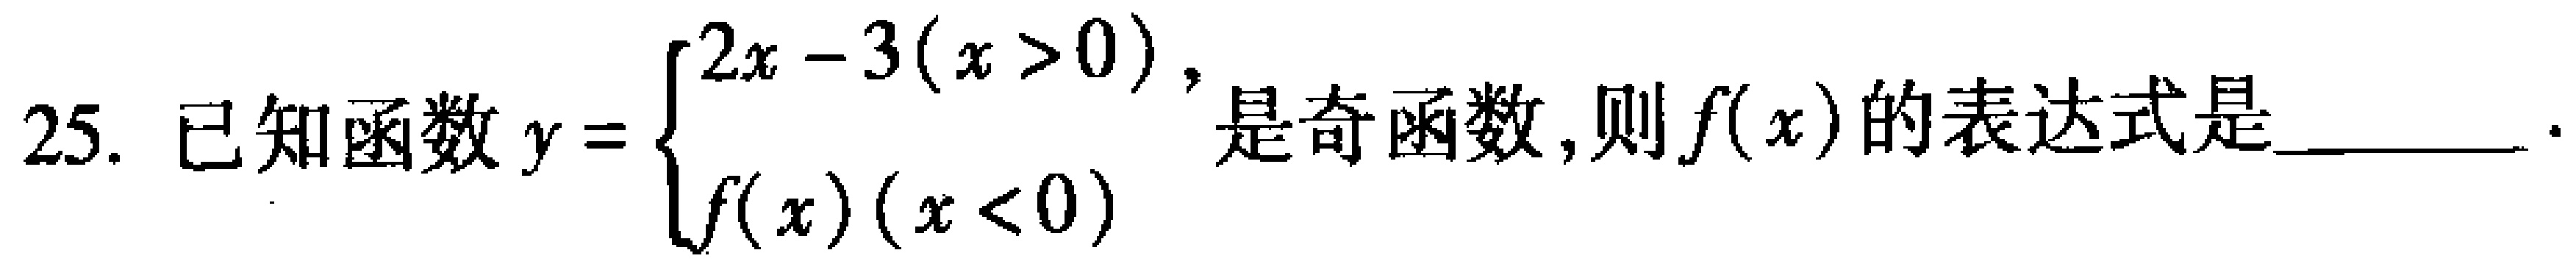
已知函数\(y = \begin{cases}2x - 3(x > 0),\\f(x)(x < 0)\end{cases}\)是奇函数，则\(f(x)\)的表达式是  ．